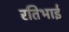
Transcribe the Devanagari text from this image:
रतिभाई